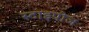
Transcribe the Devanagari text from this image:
स्टाइपोज